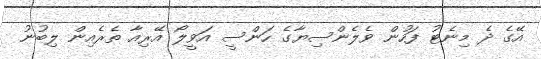
އޭގެ ދެ މިނެޓު ފަހުން ވެލެންސިޔާގެ ހަންސީ އަވީލޯ އޭރިއާ ތެރެއިން ލިބުނު